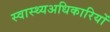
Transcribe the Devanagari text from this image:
स्वास्थ्यअधिकारियों